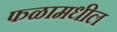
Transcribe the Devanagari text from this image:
फळामधील